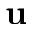
{ \bf u }